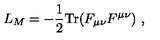
L _ { M } = - \frac { 1 } { 2 } \mathrm { T r } ( F _ { \mu \nu } F ^ { \mu \nu } ) \ ,